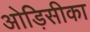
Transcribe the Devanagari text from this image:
ओड़िसीका